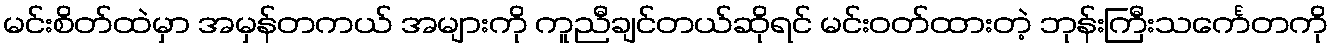
မင်းစိတ်ထဲမှာ အမှန်တကယ် အများကို ကူညီချင်တယ်ဆိုရင် မင်းဝတ်ထားတဲ့ ဘုန်းကြီးသင်္ကေတကို